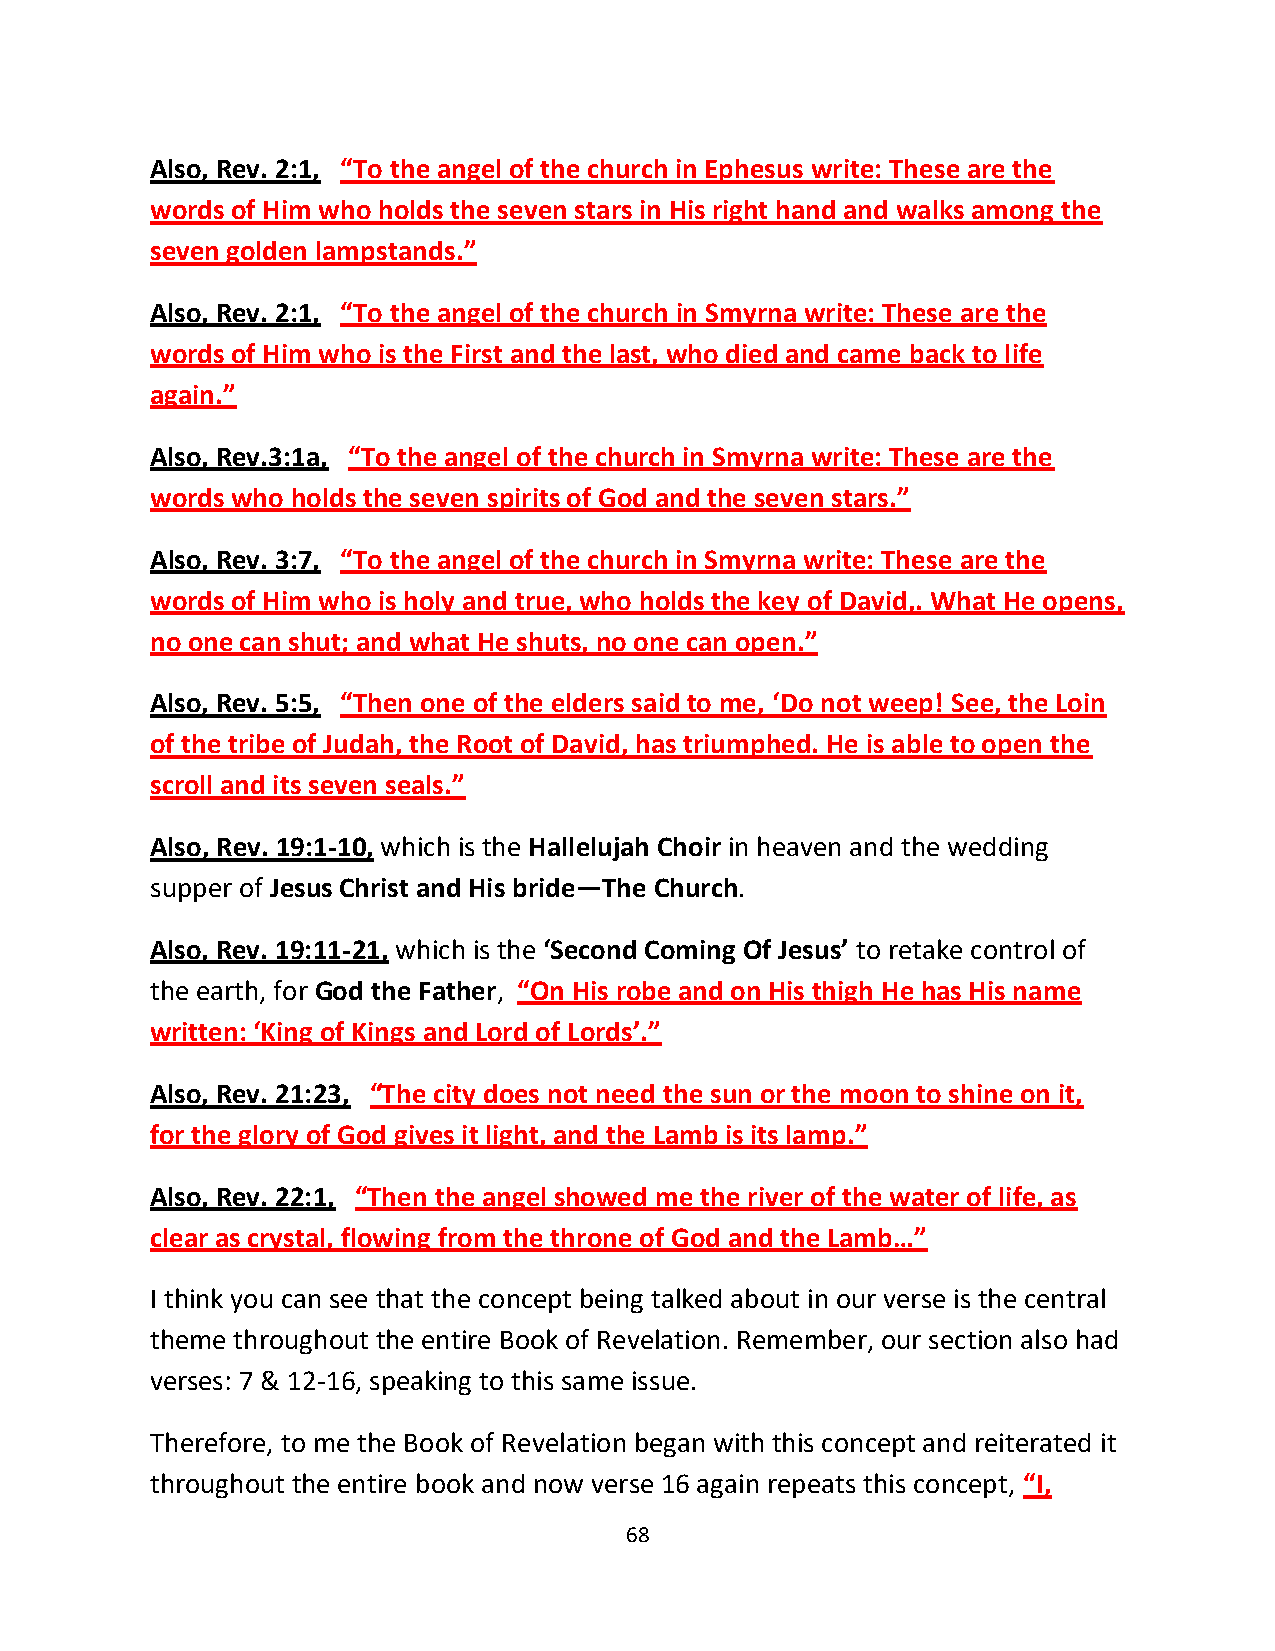
Also, Rev. 2:1, “To the angel of the church in Ephesus write: These are the
 words of Him who holds the seven stars in His right hand and walks among the
 seven golden lampstands.”
 Also, Rev. 2:1, “To the angel of the church in Smyrna write: These are the
 words of Him who is the First and the last, who died and came back to life
 again.”
 Also, Rev.3:1a, “To the angel of the church in Smyrna write: These are the
 words who holds the seven spirits of God and the seven stars.”
 Also, Rev. 3:7, “To the angel of the church in Smyrna write: These are the
 words of Him who is holy and true, who holds the key of David,. What He opens,
 no one can shut; and what He shuts, no one can open.”
 Also, Rev. 5:5, “Then one of the elders said to me, ‘Do not weep! See, the Loin
 of the tribe of Judah, the Root of David, has triumphed. He is able to open the
 scroll and its seven seals.”
 Also, Rev. 19:1-10, which is the Hallelujah Choir in heaven and the wedding
 supper of Jesus Christ and His bride—The Church.
 Also, Rev. 19:11-21, which is the ‘Second Coming Of Jesus’ to retake control of
 the earth, for God the Father, “On His robe and on His thigh He has His name
 written: ‘King of Kings and Lord of Lords’.”
 Also, Rev. 21:23, “The city does not need the sun or the moon to shine on it,
 for the glory of God gives it light, and the Lamb is its lamp.”
 Also, Rev. 22:1, “Then the angel showed me the river of the water of life, as
 clear as crystal, flowing from the throne of God and the Lamb…”
 I think you can see that the concept being talked about in our verse is the central
 theme throughout the entire Book of Revelation. Remember, our section also had
 verses: 7 & 12-16, speaking to this same issue.
 Therefore, to me the Book of Revelation began with this concept and reiterated it
 throughout the entire book and now verse 16 again repeats this concept, “I,
 68